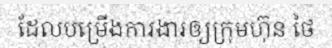
ដែលបម្រើងការងារឲ្យក្រុមហ៊ុន ថៃ